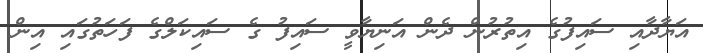
އަޔާދާއި ސައިފުގެ އިތުރުން ދެން އަނިޔާވީ ސައިފު ގެ ސައިކަލްގެ ފަހަތުގައި އިން